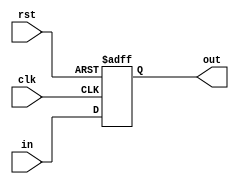
module D_FlipFlop21(clk,rst,in,out);
input clk,rst;
input[20:0]in;
output reg [20:0]out;

always @(posedge clk or negedge rst)
if(!rst)
	out<=0;
else
	out<=in;
	
	
endmodule